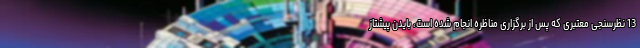
13 نظرسنجی معتبری که پس از برگزاری مناظره انجام شده است، بایدن پیشتاز